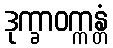
ဒုက္ခာဝက္ကန္တံ